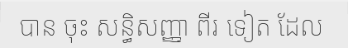
បាន ចុះ សន្ធិសញ្ញា ពីរ ទៀត ដែល